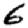
Digit: 6